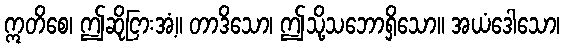
ဣတိစေ၊ ဤဆိုငြားအံ့။ တာဒိသော၊ ဤသို့သဘောရှိသော။ အယံဒေါသော၊